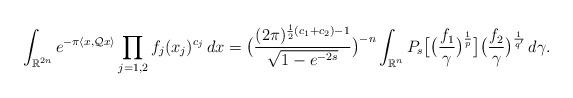
LaTeX: \begin{align*}\int_{\mathbb{R}^{2n}}e^{-\pi \langle x,\mathcal{Q}x\rangle}\prod_{j=1,2} f_j(x_j)^{c_j}\, dx=\big(\frac{(2\pi)^{\frac12(c_1+c_2)-1}} {\sqrt{1-e^{-2s}}}\big)^{-n}\int_{\mathbb{R}^n} P_s \big[\big( \frac{f_1}{\gamma} \big)^\frac1p \big] \big( \frac{f_2}{\gamma} \big)^{\frac1{q'}}\, d\gamma. \end{align*}